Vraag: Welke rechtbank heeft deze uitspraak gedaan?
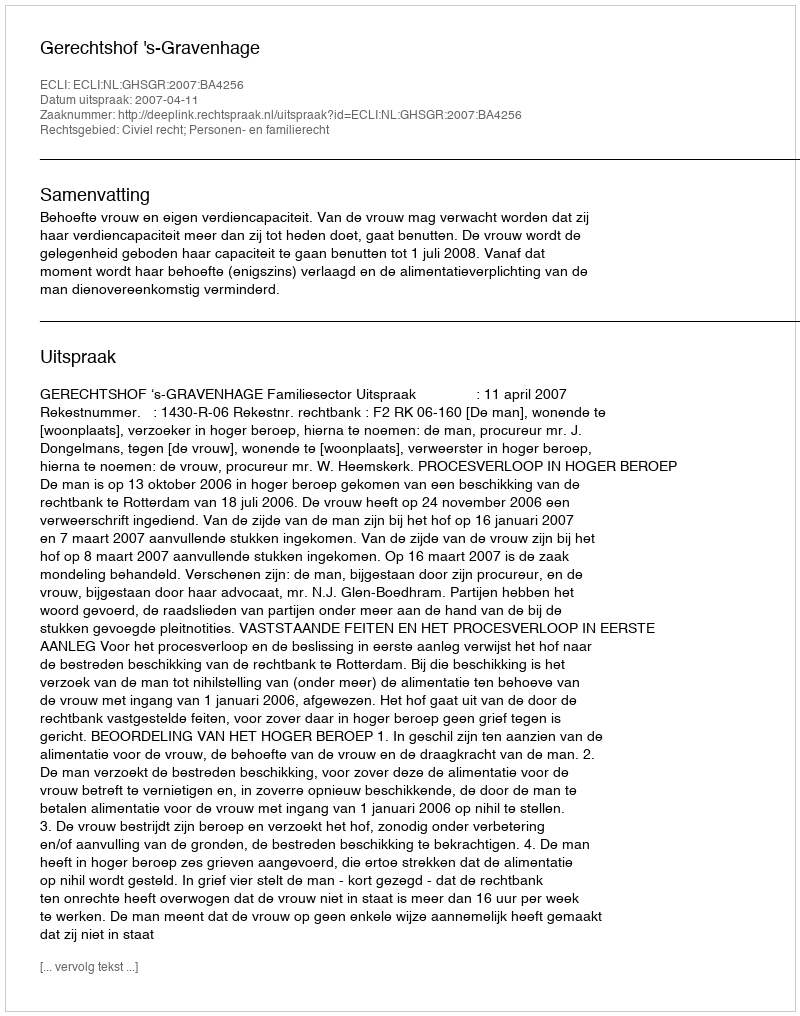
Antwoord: Gerechtshof 's-Gravenhage